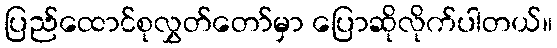
ပြည်ထောင်စုလွှတ်တော်မှာ ပြောဆိုလိုက်ပါတယ်။